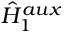
\hat { H } _ { 1 } ^ { a u x }